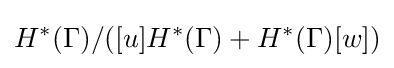
\displaystyle H^{*}(\Gamma )/([u]H^{*}(\Gamma )+H^{*}(\Gamma )[w])